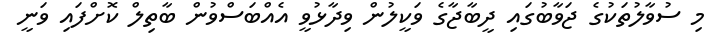
މި ސުވާލުތަކުގެ ޖަވާބުގައި ދީބާޖާގެ ވަކީލުން ވިދާޅުވީ އެއްބަސްވުން ބާތިލް ކޮށްފައި ވަނީ